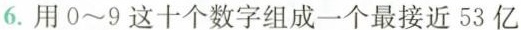
6.用0~9这十个数字组成一个最接近53亿